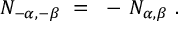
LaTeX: N _ { - \alpha , - \beta } ~ = ~ - \, N _ { \alpha , \beta } ~ .